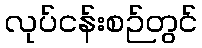
လုပ်ငန်းစဉ်တွင်